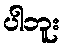
ပါဘူး